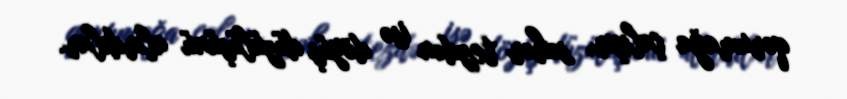
qorumağa çalışır, səhər tezdən isə döyüş düzülüşünü alırdılar.